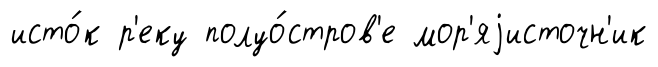
исто́к р'еку полуо́стров'е мор'яjисточн'ик